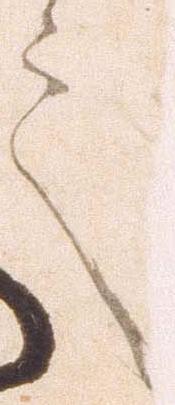
言